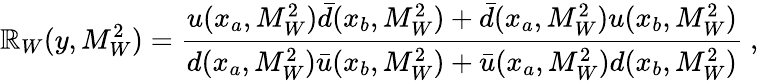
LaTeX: \mathbb{R}_{W}(y,M_{W}^{2})=\frac{{u(x_{a},M_{W}^{2})\bar{{d}}(x_{b},M_{W}^{2})+\bar{{d}}(x_{a},M_{W}^{2})u(x_{b},M_{W}^{2})}}{{d(x_{a},M_{W}^{2})\bar{{u}}(x_{b},M_{W}^{2})+\bar{{u}}(x_{a},M_{W}^{2})d(x_{b},M_{W}^{2})}}~,